Report on the cholera epidemic of
Year: 1868
Disease focus: Cholera
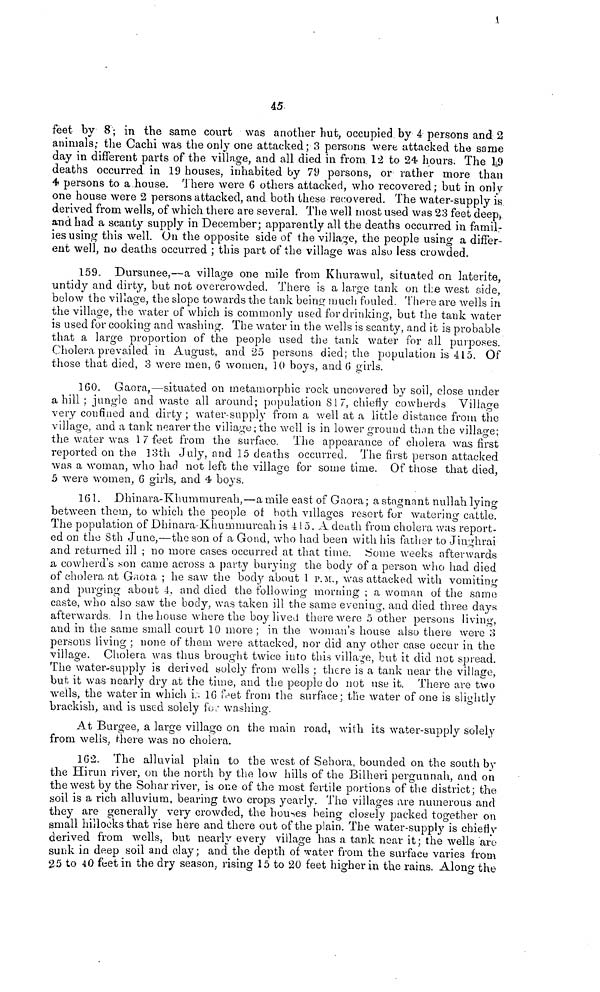
45
feet by 8 ; in the same court was another hut, occupied by 4 persons and 2
animals; the Cachi was the only one attacked ; 3 persons were attacked the same
day in different parts of the village, and all died in from 12 to 24 hours. The 19
deaths occurred in 19 houses, inhabited by 79 persons, or rather more than
4 persons to a house. There were G others attacked, who recovered; but in only
one house were 2 persons attacked, and both these recovered. The water-supply is
derived from wells, of which there are several. The well most used was 23 feet deep,
and had a scanty supply in December; apparently all the deaths occurred in famil-
ies using this well. On the opposite side of the village, the people using a differ-
ent well, no deaths occurred ; this part of the village was also less crowded.
159. Dursunee,—a village one mile from Khurawul, situated on latérite,
untidy and dirty, bat not overcrowded. There is a large tank on the west side,
below the village, the slope towards the tank being much fouled. There are wells in
the village, the water of which is commonly used for drinking, but the tank water
is used for cooking and washing. The water in the wells is scanty, and it is probable
that a large proportion of the people used the tank water for all purposes.
Cholera prevailed in August, and 25 persons died; the population is 415. Of
those that died, 3 were men, 6 women, 10 boys, and G girls.
160. Gaora,—situated on metamorphie rock uncovered by soil, close under
a hill ; jungle and waste all around; population 817, chiefly cowherds Village
very confined and dirty; water-supply from a well at a little distance from the
village, and a tank nearer the village; the well is in lower ground than the village;
the water was 17 feet from the surface. The appearance of cholera was first
reported on the 13th July, and 15 deaths occurred. The first person attacked
was a woman, who had not left the village for some time. Of those that died,
5 were women, 6 girls, and 4 boys.
161. Dhinara-Khummureah,—a mile east of Gaora ; a stagnant nullah lying
between them, to which the people of both villages resort for watering cattle.
The population of Dhinara-Khummureah is 415. A death from cholera was report-
ed on the 8th June,—the son of a Gond, who had been with his father to Jinghrai
and returned ill ; no more cases occurred at that time. Some weeks afterwards
a cowherd's son came across a party burying the body of a person who had died
of cholera at Gaora ; he saw the body about 1 P.M., was attacked with vomiting
and purging about 4. and died the following morning ; a woman of the same
caste, who also saw the body, was taken ill the sama evening, and died three days
afterwards In the house where the boy lived there were 5 other persons living,
and in the same small court 10 more ; in the woman's house also there were 3
persons living ; none of them were attacked, nor did any other case occur in the
village. Cholera was thus brought twice into this village, but it did not spread.
The water-supply is derived solely from wells ; there is a tank near the village,
but it was nearly dry at the time, and the people do not use it. There are two
wells, the water in which in 16 feet from the surface; the water of one is slightly
brackish, and is used solely for washing.
At Burgee, a large village on the main road, with its water-supply solely
from wells, there was no cholera.
162. The alluvial plain to the west of Sehora, bounded on the south by
the Hirun river, on the north by the low hills of the Bilheri pergunnah, and on
the west by the Sohar river, is one of the most fertile portions of the district; the
soil is a rich alluvium, bearing two crops yearly. The villages are numerous and
they are generally very crowded, the houses being closely packed together on
small hillocks that rise here and there out of the plain. The water-supply is chiefly
derived from wells, but nearly every village has a tank near it; the wells are
sunk in deep soil and clay ; and the depth of water from the surface varies from
25 to 40 feet in the dry season, rising 15 to 20 feet higher in the rains. Along the